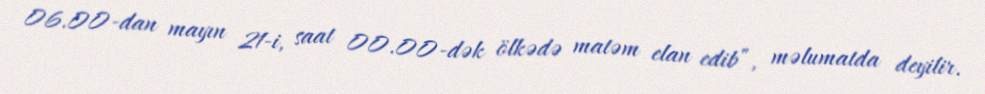
06.00-dan mayın 21-i, saat 00.00-dək ölkədə matəm elan edib”, məlumatda deyilir.